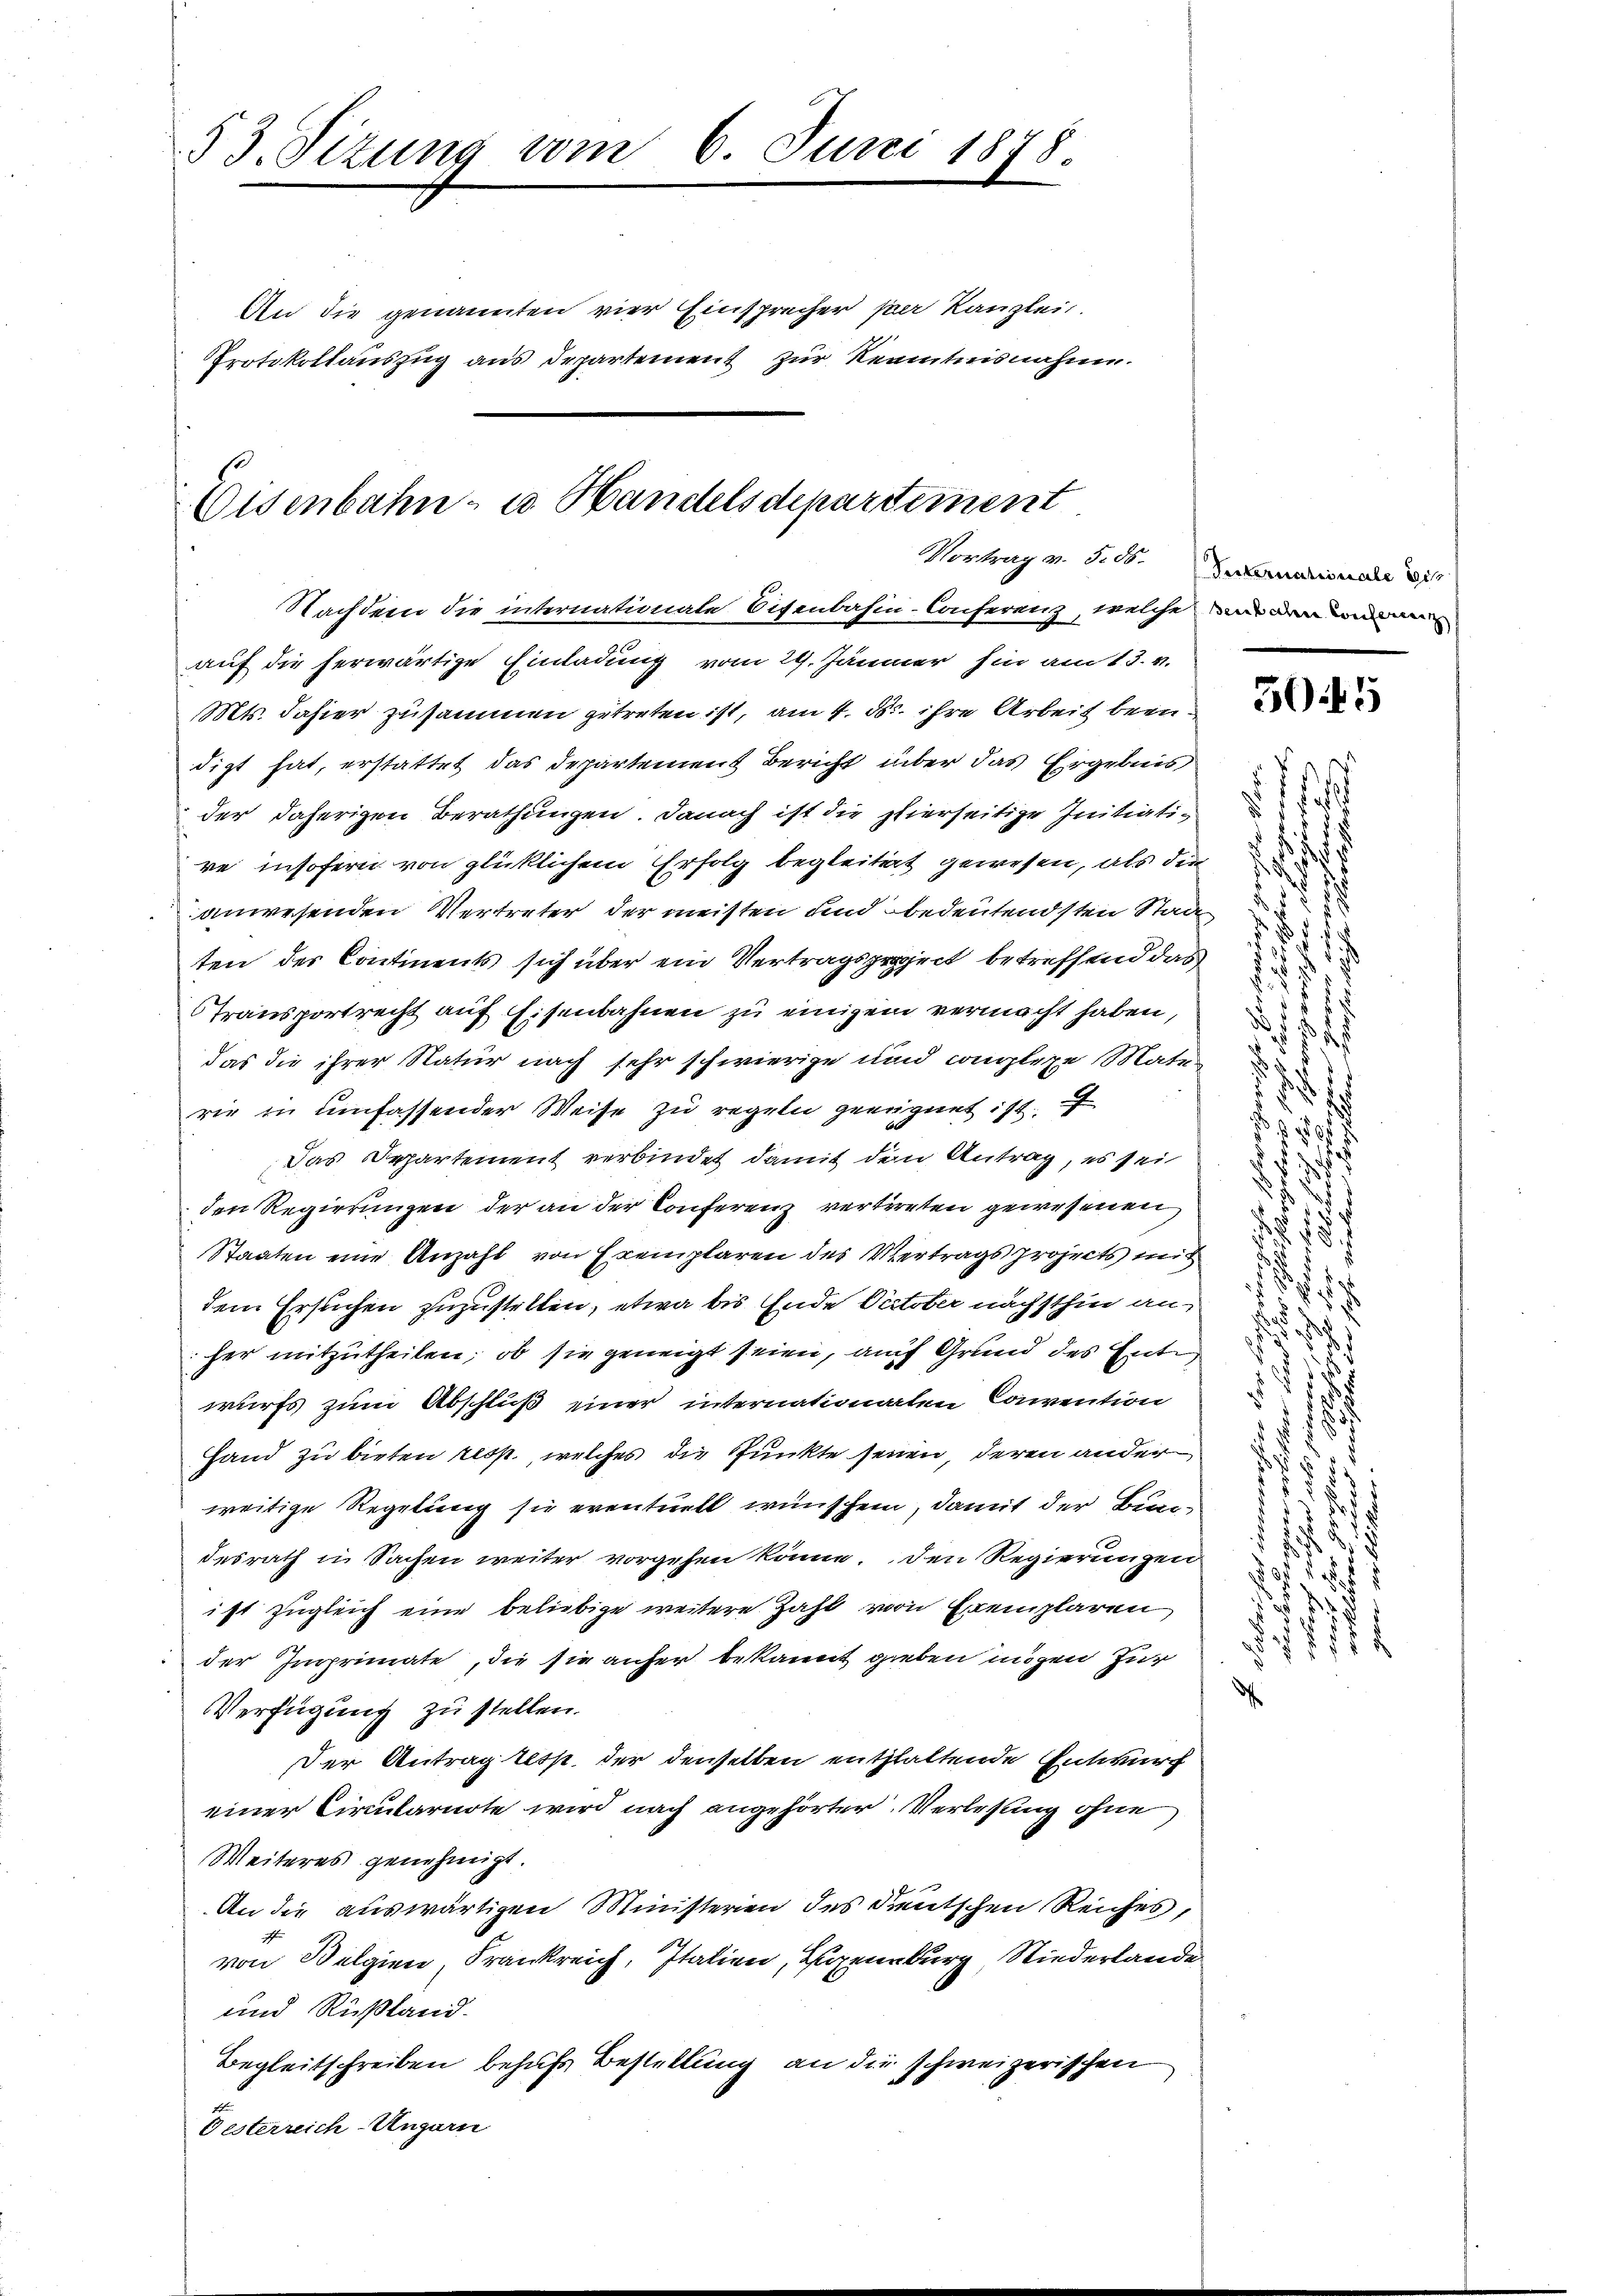
53. Sitzung vom 6. Juni 1878.
An die genannten vier Einsprecher per Kanzlei.
Protokollauszug aus Departement zur Kenntnisnahme.

Eisenbahn- u. Handelsdepartement

Nachdem die internationale Eisenbahn-Conferenz, welche an den in
auf die herwärtige Einladung vom 29. Jänner hin am 13. v.
Mts. dahier zusammen getreten ist, am 4. d. ihre Arbeit bein
digt hat, erstattet das Departement Bericht über das Ergebnis
der daherigen Berathungen. Danach ist die hierseitige Initiatire insofern von glücklichem Erfolg begleitigt gewesen, als die
anwesenden Vertreter der meisten und bedeutendsten Stade
ten der Contients sich über ein Vertragsproject betreffend das
Transportrecht auf Eisenbahnen zu einigem vermacht haben,
das die ihrer Natur nach sehr schwierige und complexe Mater
rie in umfassender Weise zu regeln geeignet ist.
Das Departement verbindet damit den Antrag, es sei
den Regierungen der an der Conferenz vertreten gewesenen
Staaten eine Anzahl von Exemplaren des Vertragsprojects mit
dem Ersuchen zuzustellen, etwa bis Ende Datober nächsthin an-
her mitzutheilen; ob sie geneigt seien, auf Grund des Ente,
wurfs zum Abschluß einer internationaten Convention
Hand zu bieten resp., welches die Punkte seien, deren ander
weitige Regelung sie eventuell wünschen, damit der Bundesrath in Sachen weiter vorgehen könne. Den Regierungen
ist zugleich eine beliebige weitere Zahl von Exemplaren
der Imprimate, die sie aufer bekannt gieben mögen zur
Verfügung zu stellen.
der Antrag desst der denselben entzlattende Entwurf
einer Circularnote wird nach angehörter Verlesung ohne
Weiteres genehmigt.
An die auswärtigen Ministerien des Deutschen Reiches,
von Belgien, Frankreich, Italien, Egenburg, Niederlande
und Rußland.
Begleitschreiben behufs Bestellung an die schweizerischen
Gesterreich Ungarn

Vortrag v. J. 18. Verkernationale di

1
.
.
h
d
.

504 5

3
.
.
s
1 Ju
3
2

.
d